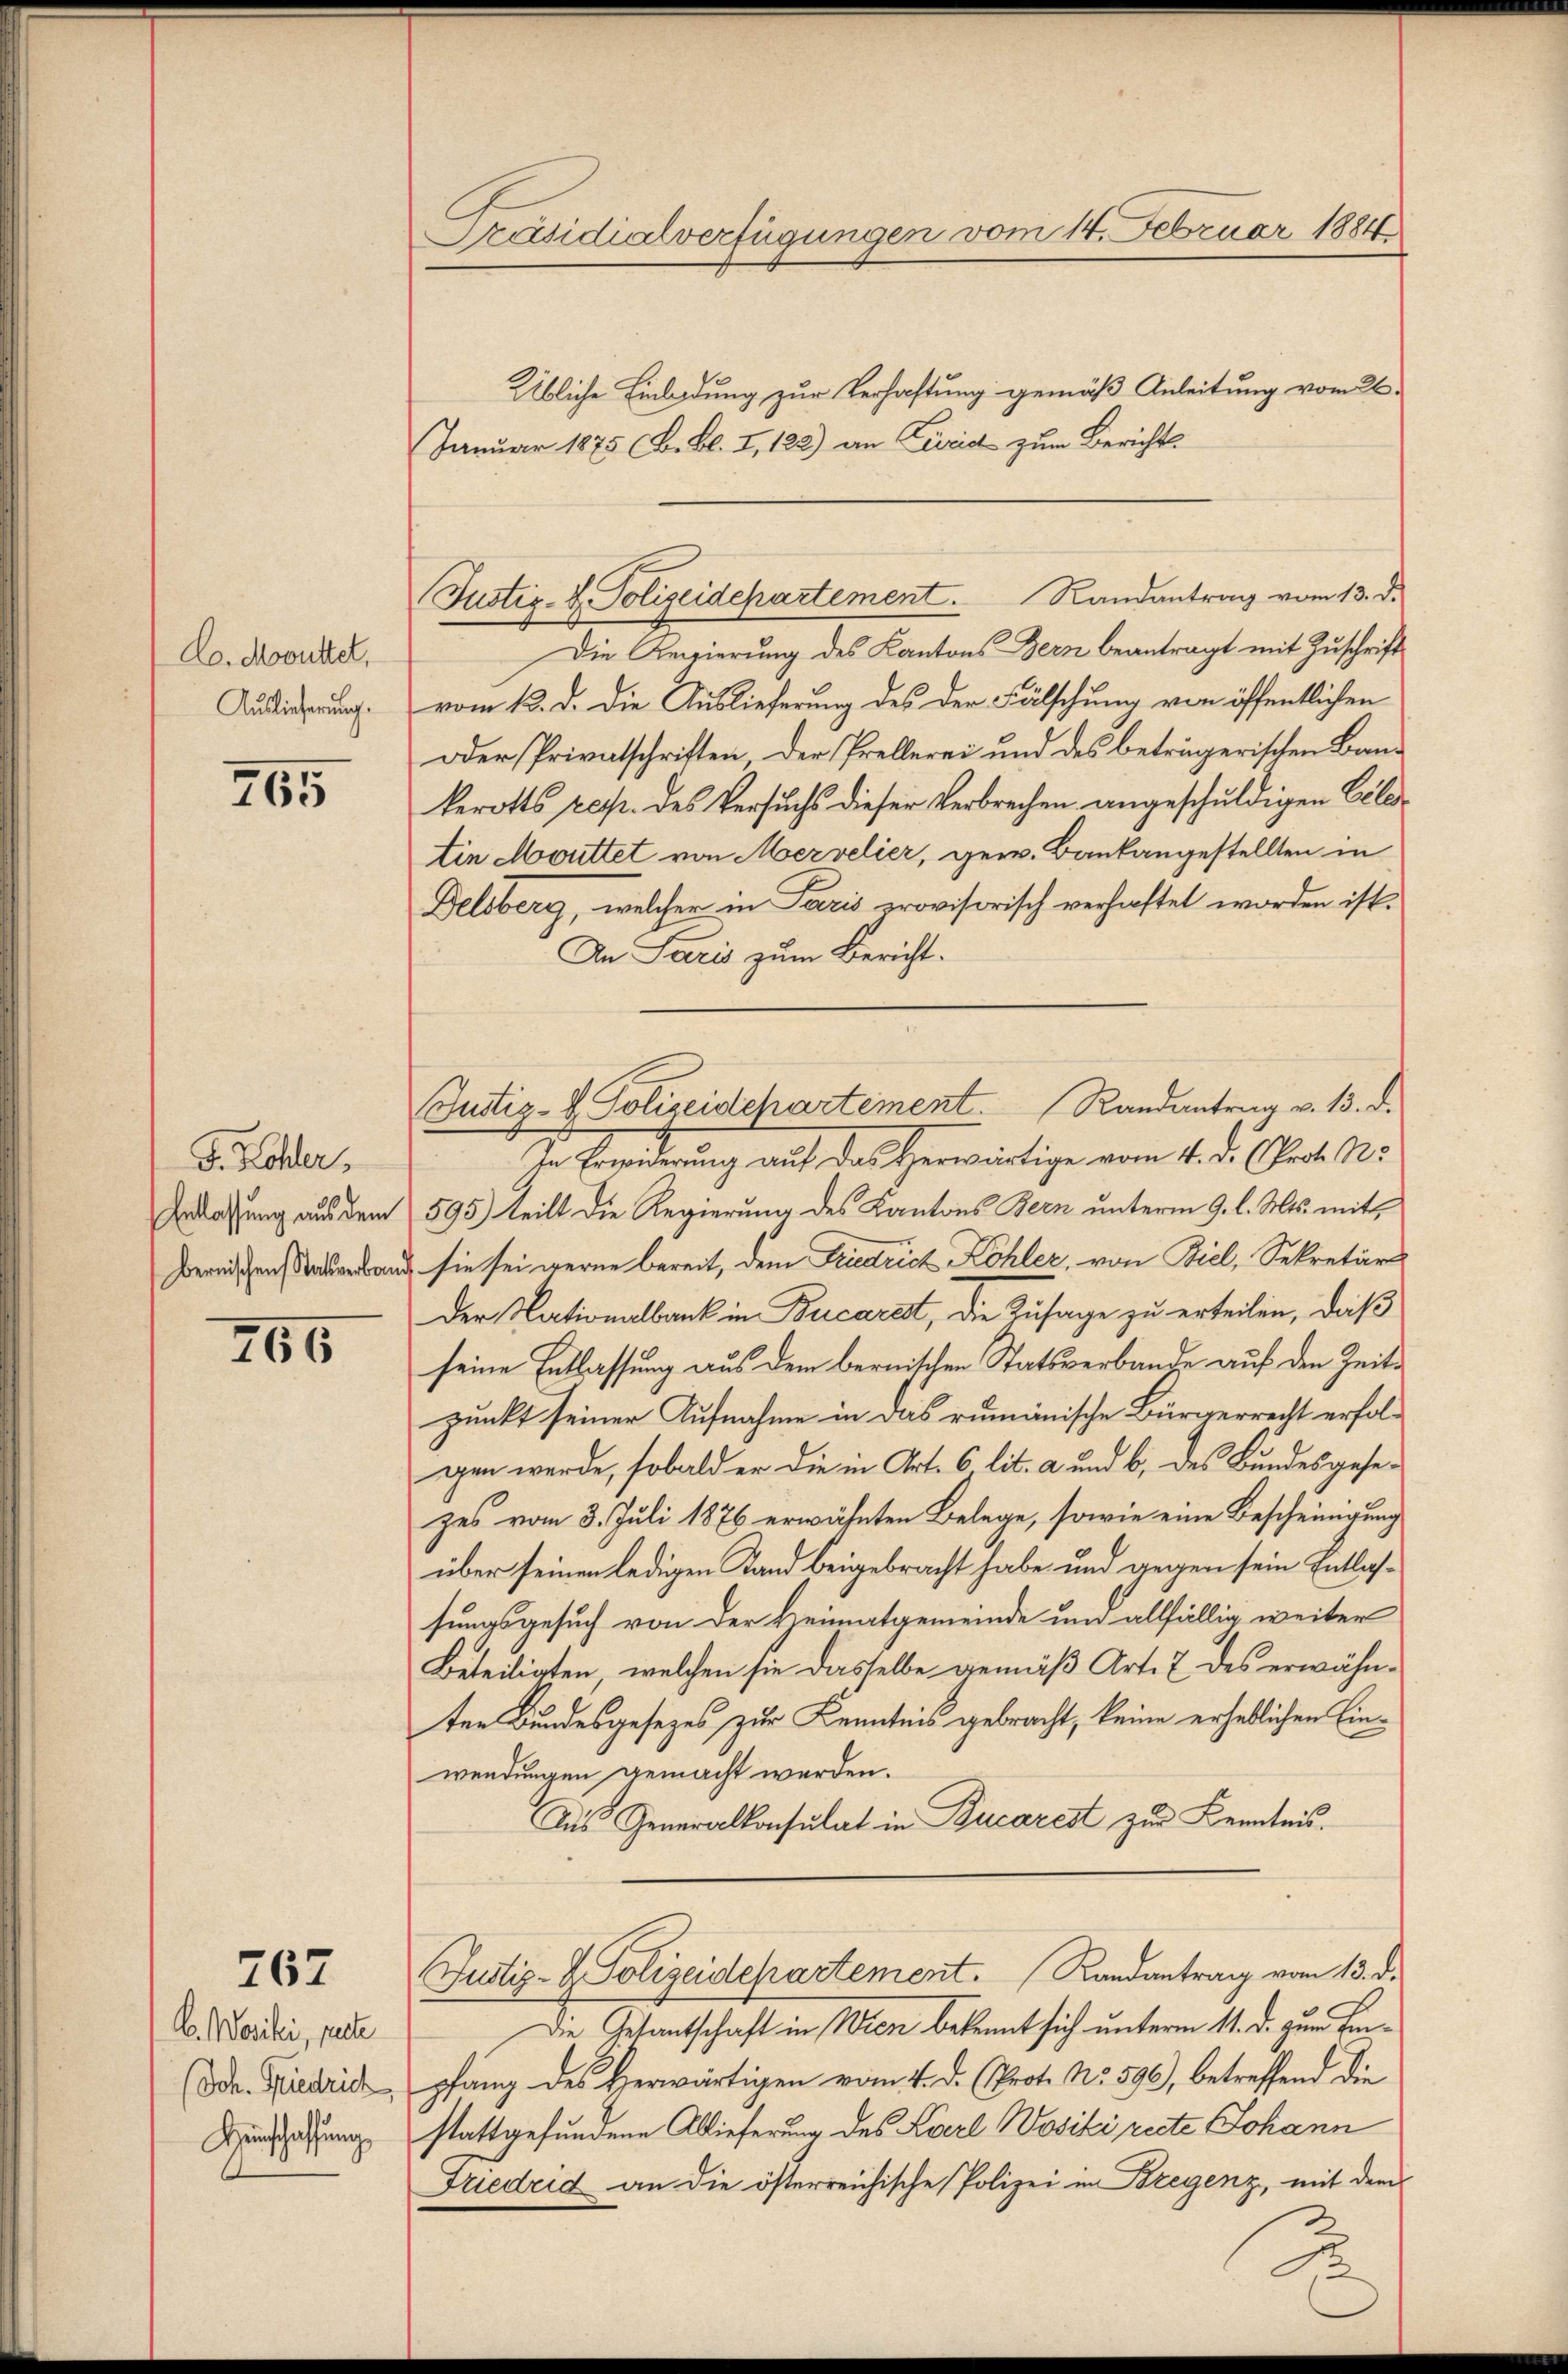
Co. Mooutter,
Auslieferung.

765

F. Hohler,
Entlassung aus dem
bernischen Stativerbau

765

767

C. Wasiki, pate
(Sch. Friedrich
Henschaffung

Präsidialverfügungen vom 14. Februar 1884

Übliche Einladung zur Verhaftung gemäß Anleitung vom 26.
Januar 1875 (B. Bl. I, 128) an Leid zum Berichts
Die Regierung des Kantons Bern beantragt mit Zuschrift
vom 13. d. die Auslieferung des der Fälschung von öffentlichen
oder Privatschriften der Prellerei und des beträgerischen Baukerotts resp. des Versuchs dieser Verbrechen angeschuldigen Eile
tin Mouttet von Mervelier, gew. Bankangestellten in
Delsberg, welcher in Paris provisorisch verhaftet worden ist.
An Paris zum Bericht.
In Erwiderung auf das Herwärtige vom 4. d. (Prof. N.
595) teilt die Regierung des Kantons Bern unterm 9. l. Mts. mit,
& sie sei gerne bereit, dem Friedrich Kohler, von Biel, Sekretärs
Der Nationalbank in Bucarest, die Zusage zu erteilen, daß
seine Entlassung aus dem bernischen Statsverbande auf den Zeitpunkt seiner Aufnahme in das rumänische Bürgerrecht erfolgen werde, sobald er die in Art. 6. lit. a und b. des Bundesgesezes vom 3. Juli 1876 erwähnten Belege, sowie eine Bescheinigung
über seinen ledigen Kand beigebracht habe und gegen sein Entlassungsgesuch von der Heimatgemeinde und allfällig weiter
Beteiligten, welchen sie dasselbe gemäß Art. 7 des erwähn-
ten Bundesgesezes zur Kenntnis gebracht, keine erheblichen Einwendungen gemacht werden.
Aus Generalkonsulat in Bucarest zur Kenntnis.
Justiz- & Polizeidepartement. Randantrag vom 13. d.
Die Gesantschaft in Wien bekannt sich unterm 11. d. zum Einpfang des Herwärtigen vom 4. d. (Prot. No. 590), betreffend die
stattgefundene Ablieferung des Karl Wositi recte Johann
Friedrid an die österreichische Polizei in Bregenz, mit dem

Justiz- u. Polizeidepartement. Randantrag vom 13. d.

Schustiz- & Polizeidchartement. Randantrag v. 13. d.